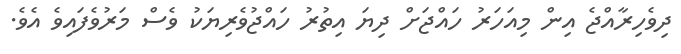
ދިވެހިރާއްޖެ އިން މިއަހަރު ހައްޖަށް ދިޔަ އިތުރު ހައްޖުވެރިޔަކު ވެސް މަރުވެފައިވެ އެވެ.